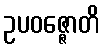
ဥပဝဇ္ဇောတိ